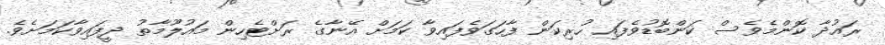
ރައުދާ ކޮންމެވެސް ކަންބޮޑުވެފައި ހުރިކަން ފާހަގަވެފައިވާ ކަމަށް އޭނާގެ ރަށްޓެހިން މައުލޫމާތު ދީފައިވާކަމަށެވެ.